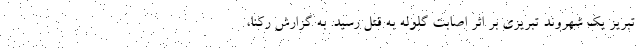
تبریز یک شهروند تبریزی بر اثر اصابت گلوله به قتل رسید. به گزارش رکنا،